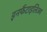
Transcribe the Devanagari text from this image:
इनफैंटाइलिज्म